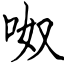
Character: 呶